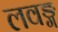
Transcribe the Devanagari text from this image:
लवङ्ग